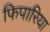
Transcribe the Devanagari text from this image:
फिपारिया